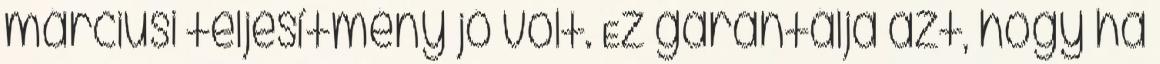
márciusi teljesítmény jó volt. Ez garantálja azt, hogy ha